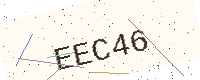
Text: EEC46